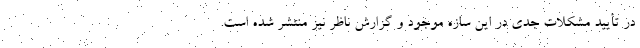
در تأیید مشکلات جدی در این سازه موجود و گزارش ناظر نیز منتشر شده است.